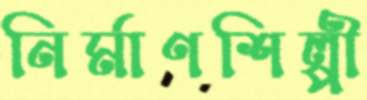
নির্মাণশিল্পী